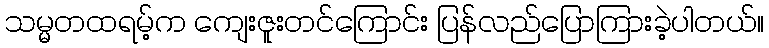
သမ္မတထရမ့်က ကျေးဇူးတင်ကြောင်း ပြန်လည်ပြောကြားခဲ့ပါတယ်။